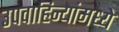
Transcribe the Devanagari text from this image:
उपवाहिन्यांमध्ये